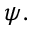
\psi .